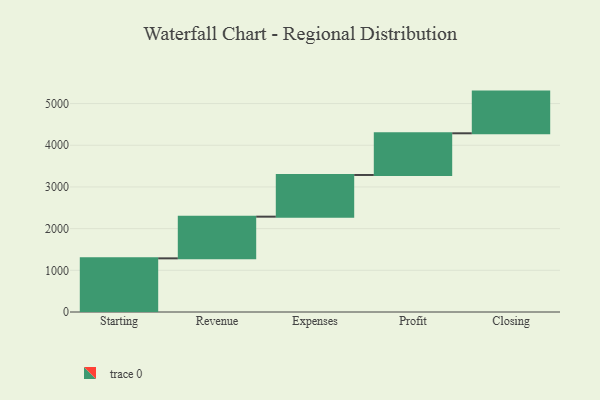
{"axis": {"x": "Step", "y": "Value"}, "legend": [""], "data": [{"x": "Starting", "y": 1287.0, "type": ""}, {"x": "Revenue", "y": 1000, "type": ""}, {"x": "Expenses", "y": 1000, "type": ""}, {"x": "Profit", "y": 1000, "type": ""}, {"x": "Closing", "y": 1000, "type": ""}]}